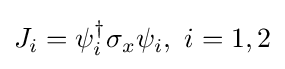
J_{i}=\psi _{i}^{\dagger }\sigma _{x}\psi _{i},\ i=1,2